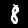
Digit: 8